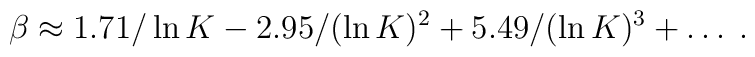
\beta \approx 1.71 /\ln K  - 2.95 /(\ln K)^2 + 5.49/(\ln K)^3  + \ldots \; .